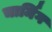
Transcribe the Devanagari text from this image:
चार्मिग